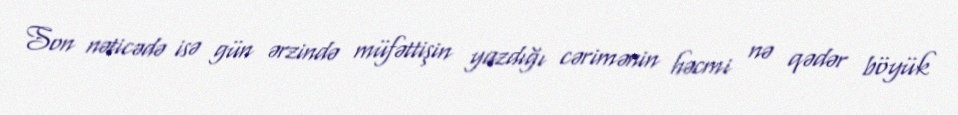
Son nəticədə isə gün ərzində müfəttişin yazdığı cərimənin həcmi nə qədər böyük